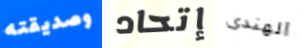
وصديقته إتحاد الهندى